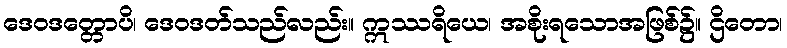
ဒေဝဒတ္တောပိ၊ ဒေဝဒတ်သည်လည်း။ ဣဿရိယေ၊ အစိုးရသောအဖြစ်၌။ ဌိတော၊